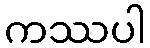
ကဿပါ